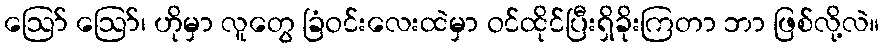
ဪ ဪ၊ ဟိုမှာ လူတွေ ခြံဝင်းလေးထဲမှာ ဝင်ထိုင်ပြီးရှိခိုးကြတာ ဘာ ဖြစ်လို့လဲ။